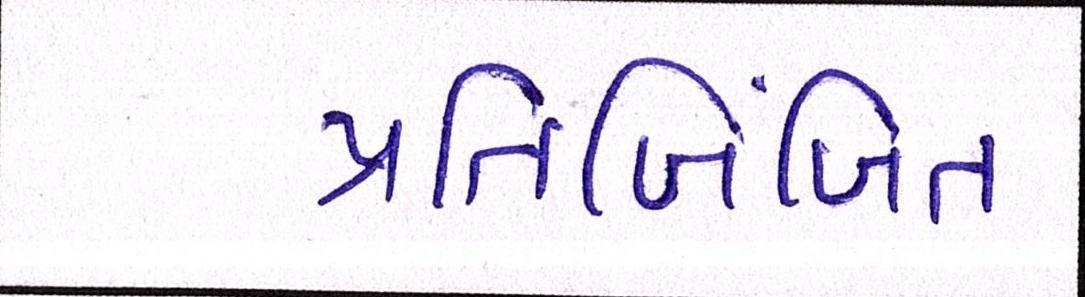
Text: પ્રતિબિંબિત